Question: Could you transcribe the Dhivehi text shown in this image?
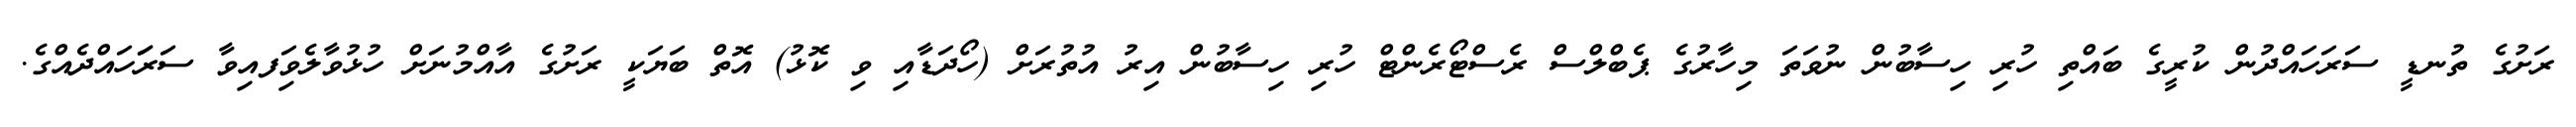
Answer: ރަށުގެ ތުނޑީ ސަރަހައްދުން ކުރީގެ ބައްތި ހުރި ހިސާބުން ނުވަތަ މިހާރުގެ ޕެބްލްސް ރެސްޓޯރެންޓް ހުރި ހިސާބުން އިރު އުތުރަށް (ހޯދަޑާއި ވި ކޮޅު) އޮތް ބަޔަކީ ރަށުގެ އާއްމުނަށް ހުޅުވާލެވިަފއިވާ ސަރަަހައްދެއްގެ.